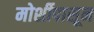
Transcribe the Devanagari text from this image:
मोर्शीपासून